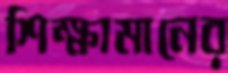
শিক্ষামানের